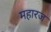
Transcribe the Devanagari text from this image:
महारज